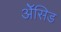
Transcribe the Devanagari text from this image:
ॲेसिड